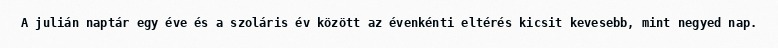
A julián naptár egy éve és a szoláris év között az évenkénti eltérés kicsit kevesebb, mint negyed nap.